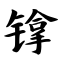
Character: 镎